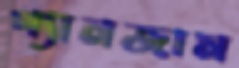
গ্যানজাম